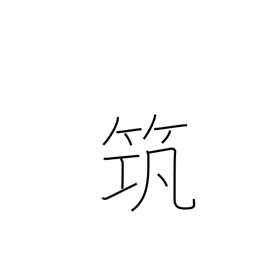
Meaning: an ancient musical instrument